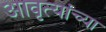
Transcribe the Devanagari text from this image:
आवृत्यांच्या